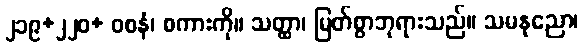
၂၁၉+၂၂၀+ ဝစနံ၊ စကားကို။ သတ္ထာ၊ မြတ်စွာဘုရားသည်။ သမနုညော၊